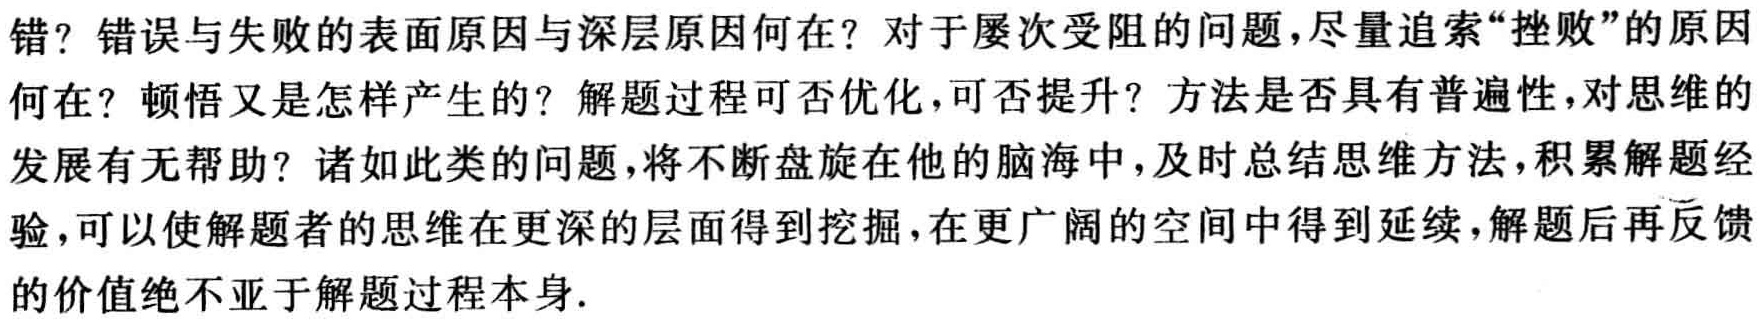
错? 错误与失败的表面原因与深层原因何在? 对于屡次受阻的问题，尽量追索“挫败”的原因何在? 顿悟又是怎样产生的? 解题过程可否优化，可否提升? 方法是否具有普遍性，对思维的发展有无帮助? 诸如此类的问题，将不断盘旋在他的脑海中，及时总结思维方法，积累解题经验，可以使解题者的思维在更深的层面得到挖掘，在更广阔的空间中得到延续，解题后再反馈的价值绝不亚于解题过程本身.